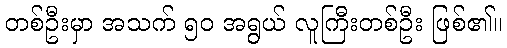
တစ်ဦးမှာ အသက် ၅၀ အရွယ် လူကြီးတစ်ဦး ဖြစ်၏။